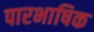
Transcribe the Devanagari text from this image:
पारभाषिक